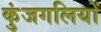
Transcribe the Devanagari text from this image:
कुंजगलियों